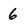
Character: 6